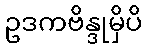
ဥဒကဗိန္ဒုမှိပိ